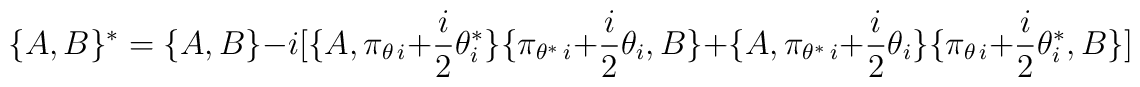
\lbrace A,B\rbrace {}^{*}=\lbrace A,B\rbrace -i[\lbrace A,\pi_{\theta \, i}+{i\over 2}\theta^{*}_i\rbrace \lbrace \pi_{\theta^{*}\, i}+{i\over 2}\theta_i,B\rbrace  +\lbrace A,\pi_{\theta^{*}\, i}+{i\over 2}\theta_i \rbrace \lbrace \pi_{\theta \, i}+{i\over 2}\theta^{*}_i,B\rbrace ]